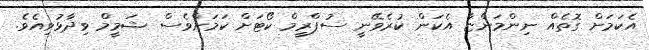
އެކަމަށް ގޮތެއް ނިންމަންޏާ އެކަން ކުރެވޭނީ ސުޕްރީމް ކޯޓަށް ކަމަށްވެސް ޝަމީމް ވިދާޅުވިއެވެ.